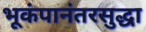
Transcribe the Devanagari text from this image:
भूकंपानंतरसुद्धा